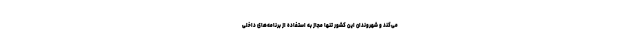
می‌کند و شهروندان این کشور تنها مجاز به استفاده از برنامه‌های داخلی